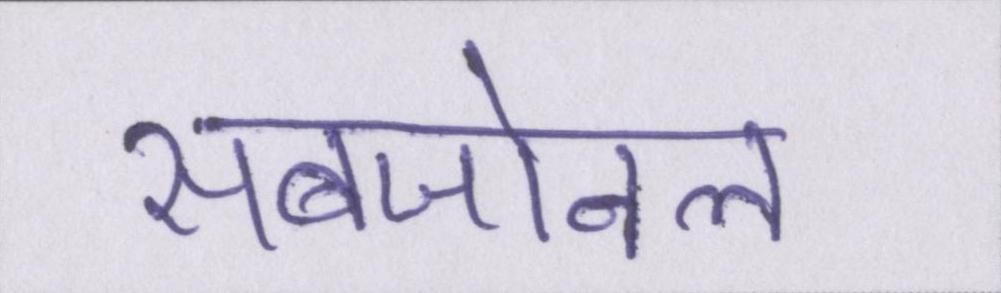
सबजोनल